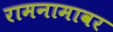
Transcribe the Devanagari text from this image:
रामनामावर